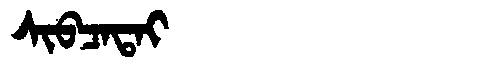
Manchu: ᠰᡳᠪᠴᠠᡨᠠᡳ
Romanization: SIBCATAI